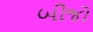
બીજો